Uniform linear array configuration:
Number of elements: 8
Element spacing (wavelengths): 0.75
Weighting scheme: exponential
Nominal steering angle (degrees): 15
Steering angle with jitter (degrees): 13.789
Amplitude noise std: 0.05
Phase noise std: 0.05

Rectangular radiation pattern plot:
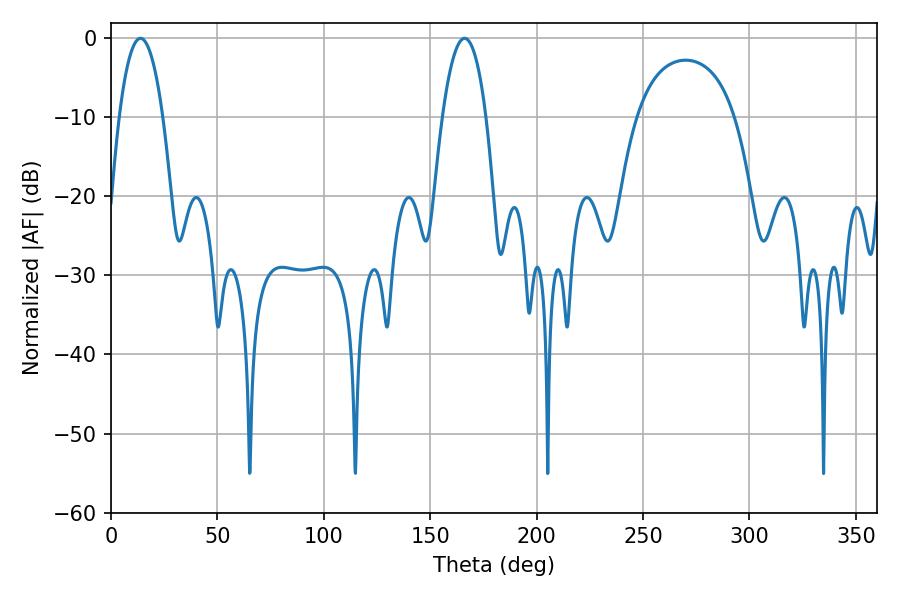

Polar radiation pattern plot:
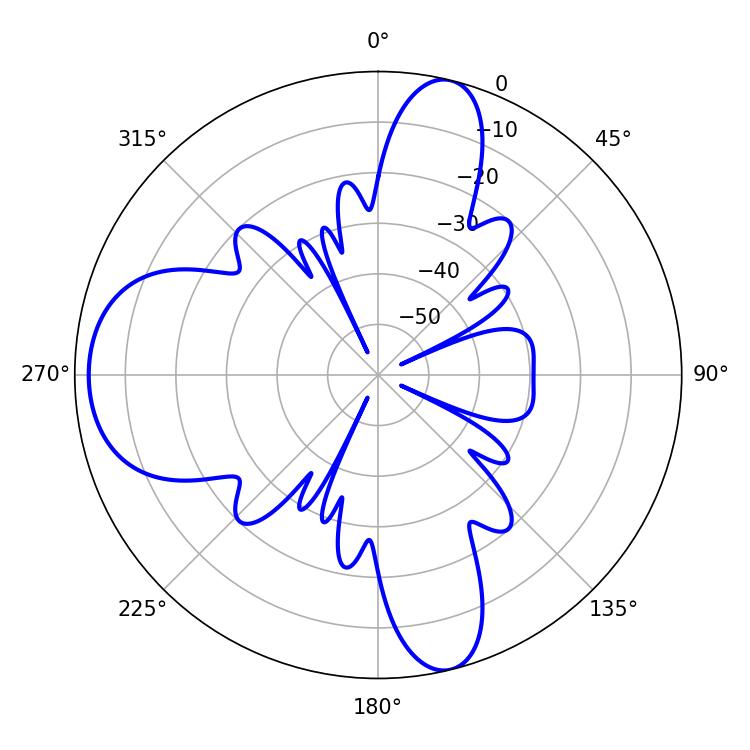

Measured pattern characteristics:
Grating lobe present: TRUE
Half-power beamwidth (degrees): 11.34
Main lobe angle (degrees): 166.14